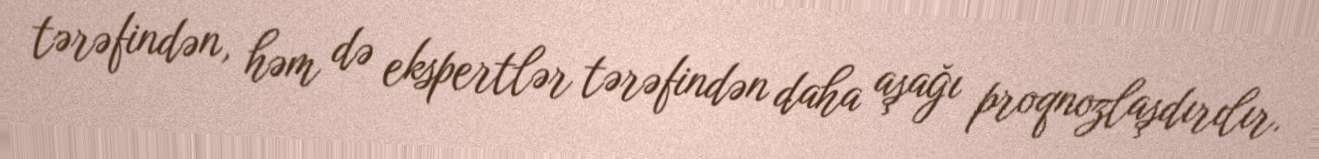
tərəfindən, həm də ekspertlər tərəfindən daha aşağı proqnozlaşdırılır.